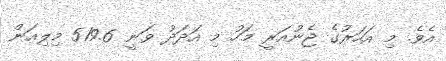
އެވެ. މި އަހަރުގެ ޖެނުއަރީ މަހު މި އަދަދު ވަނީ 519.6 މިލިއަން